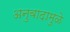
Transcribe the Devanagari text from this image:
अनुवादामुळे